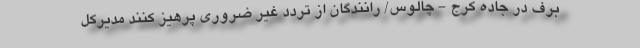
برف در جاده کرج - چالوس/ رانندگان از تردد غیر ضروری پرهیز کنند مدیرکل